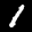
Label: 1